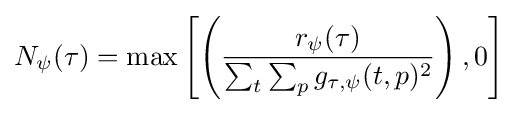
N_{\psi }(\tau )=\max \left[\left({\frac {r_{\psi }(\tau )}{\sum _{t}\sum _{p}g_{\tau ,\psi }(t,p)^{2}}}\right),0\right]